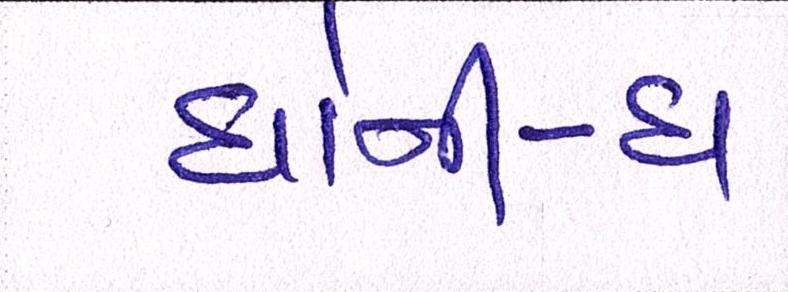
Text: ધોની-ધ